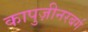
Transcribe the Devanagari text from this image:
कापुज़ीनरबर्ग